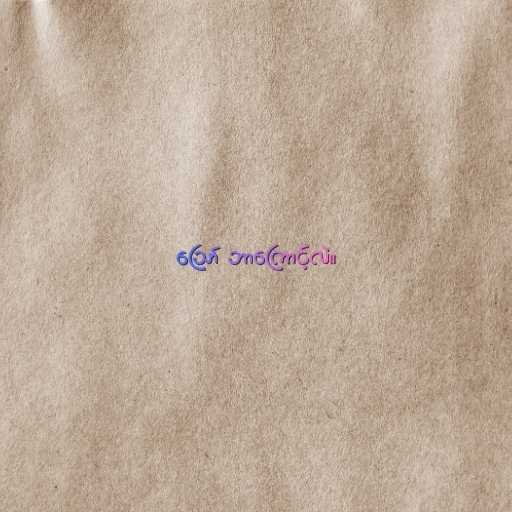
ဪ ဘာကြောင့်လဲ။